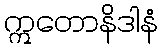
ဣတောနိဒါနံ